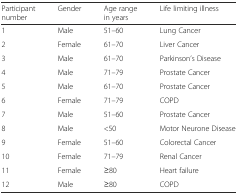
| Participant number | Gender | Age range in years | Life limiting illness |
 | --- | --- | --- | --- |
 | 1 | Male | 51–60 | Lung Cancer |
 | 2 | Female | 61–70 | Liver Cancer |
 | 3 | Male | 61–70 | Parkinson’s Disease |
 | 4 | Male | 71–79 | Prostate Cancer |
 | 5 | Male | 61–70 | Prostate Cancer |
 | 6 | Female | 71–79 | COPD |
 | 7 | Male | 51–60 | Prostate Cancer |
 | 8 | Male | <50 | Motor Neurone Disease |
 | 9 | Female | 51–60 | Colorectal Cancer |
 | 10 | Female | 71–79 | Renal Cancer |
 | 11 | Female | ≥80 | Heart failure |
 | 12 | Male | ≥80 | COPD |